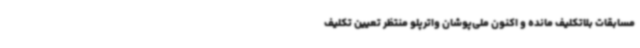
مسابقات بلاتکلیف مانده و اکنون ملی‌پوشان واترپلو منتظر تعیین تکلیف